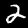
Label: 2